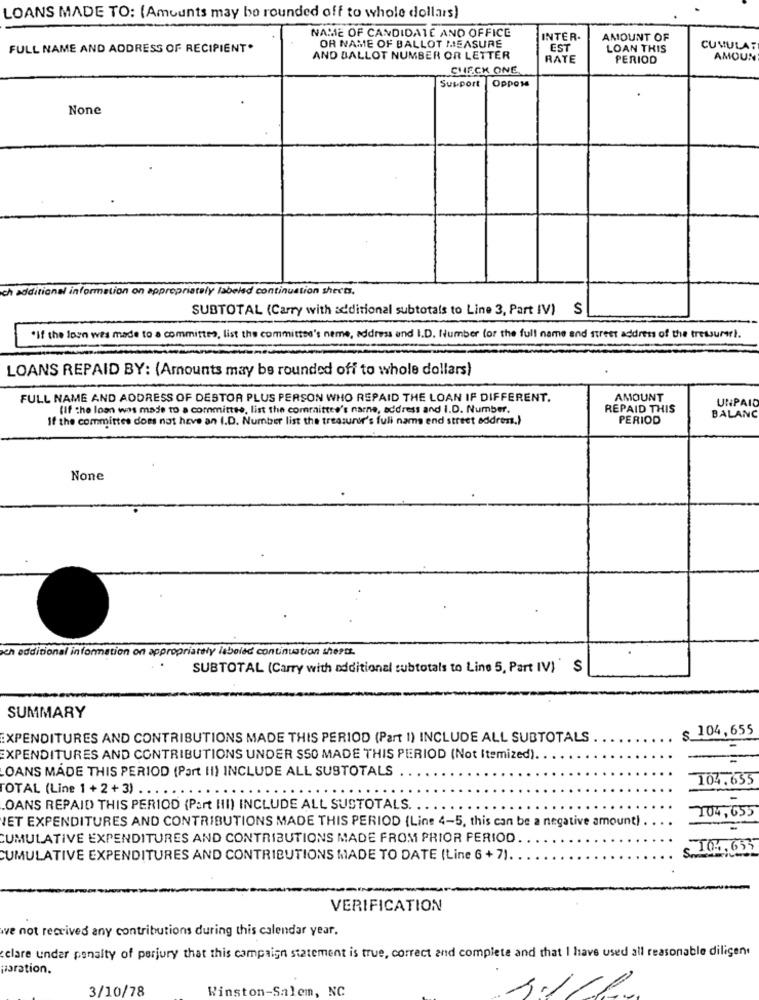
LOANS MADE TO: (Amounts may bo rounded off to whole dollars)
NAME OF CANDIDATE AND OFFICE
OR NAME OF BALLOT MEASURE
INTER-
AMOUNT OF
FULL NAME AND ADDRESS OF RECIPIENT.
EST
LOAN THIS
CUMULA:
AND BALLOT NUMBER OR LETTER
RATE
PERIOD
AMOUN
CHECK ONE
Support
Oppose
ch additional information on appropriately labeled continuation sheets.
SUBTOTAL (Carry with additional subtotals to Line 3, Part IV) S
.If the loan was made to a committee, list the committee's neme, address and I.D. Number (or the full name and street address of the tressurer !.
LOANS REPAID BY: (Amounts may be rounded off to whole dollars)
FULL NAME AND ADDRESS OF DESTOR PLUS PERSON WHO REPAID THE LOAN IF DIFFERENT.
AMOUNT
UNPAID
(If the loon was made to a committee, list the committee's name, address and I.D. Number.
REPAID THIS
If the committee does not have an I.D. Number list the treasurer's full name end street address.)
PERIOD
BALANC
och additional information on appropriately labeled continuation shert.
SUBTOTAL (Carry with additional subtotals to Line 5, Part IV) $
SUMMARY
$ 104,655
EXPENDITURES AND CONTRIBUTIONS MADE THIS PERIOD (Part 1) INCLUDE ALL SUBTOTALS
EXPENDITURES AND CONTRIBUTIONS UNDER SSO MADE THIS PERIOD (Not Itemized).
=
OANS MADE THIS PERIOD (Part II) INCLUDE ALL SUSTOTALS
104.655
TOTAL (Line 1 + 2+3) . .
OANS REPAID THIS PERIOD (Part III) INCLUDE ALL SUSTOTALS. .
ET EXPENDITURES AND CONTRIBUTIONS MADE THIS PERIOD (Line 4-5, this can be a negative amount)
204,655
CUMULATIVE EXPENDITURES AND CONTRIBUTIONS MADE FROM PRIOR PERIOD
s 104.653
CUMULATIVE EXPENDITURES AND CONTRIBUTIONS MADE TO DATE (Line 6 +7).
VERIFICATION
we not received any contributions during this calendar year.
clare under penalty of perjury that this campaign statement is true, correct and complete and that I have used all reasonable diligen.
poration.
3/10/78
Winston-Salem, NC